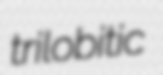
trilobitic